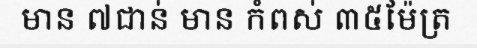
មាន ៧ជាន់ មាន កំពស់ ៣៥ម៉ែត្រ